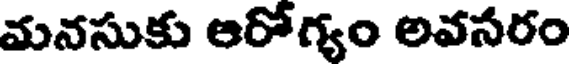
మనసుకు ఆరోగ్యం అవసరం